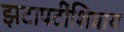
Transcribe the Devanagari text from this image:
झटापटींशिवाय